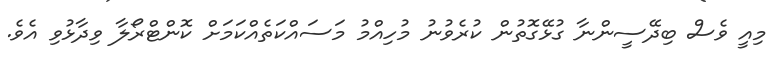
މިއީ ވެސް ބިދޭސީންނާ ގުޅޭގޮތުން ކުރެވުނު މުހިއްމު މަސައްކަތެއްކަމަށް ކޮޮންޓްރޯލާ ވިދާޅުވި އެވެ.